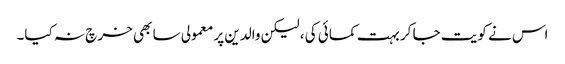
اس نے کویت جا کر بہت کمائی کی ، لیکن والدین پر معمولی سا بھی خر چ نہ کیا۔